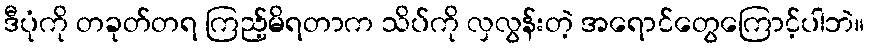
ဒီပုံကို တခုတ်တရ ကြည့်မိရတာက သိပ်ကို လှလွန်းတဲ့ အရောင်တွေကြောင့်ပါဘဲ။